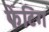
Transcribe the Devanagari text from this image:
फेंटिंग